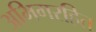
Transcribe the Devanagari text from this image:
अभिगरहित